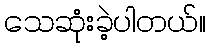
သေဆုံးခဲ့ပါတယ်။